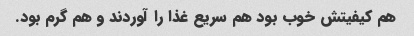
هم کیفیتش خوب بود هم سریع غذا را آوردند و هم گرم بود.